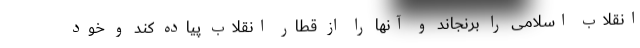
انقلاب اسلامی را برنجاند و آنها را از قطار انقلاب پیاده کند و خود